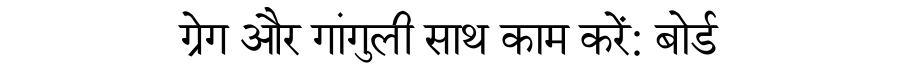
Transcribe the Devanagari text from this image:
ग्रेग और गांगुली साथ काम करें: बोर्ड